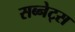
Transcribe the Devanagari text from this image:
सब्नेट्स